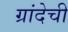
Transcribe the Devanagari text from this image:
ग्रांदेची